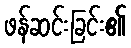
ဖန်ဆင်းခြင်း၏